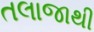
તલાજાથી